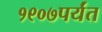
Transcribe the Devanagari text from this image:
१९०७पर्यंत